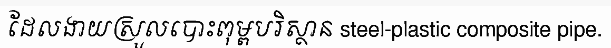
ដែលងាយស្រួលបោះពុម្ពបរិស្ថាន steel-plastic composite pipe.